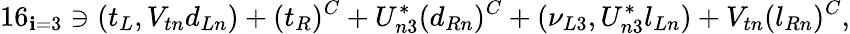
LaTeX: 16_{\mathbf{i}=3}\ni(t_{L},V_{tn}d_{Ln})+(t_{R})^{C}+U_{n3}^{*}(d_{Rn})^{C}+(\nu_{L3},U_{n3}^{*}l_{Ln})+V_{tn}(l_{Rn})^{C},